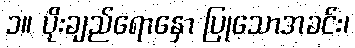
၁။ ပိုးချည်ရောနှော ပြုသောအခင်း၊